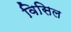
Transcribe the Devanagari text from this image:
विसिल